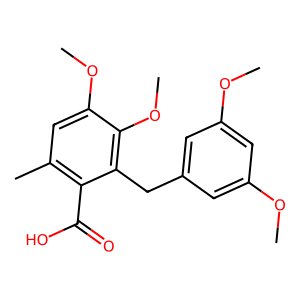
SMILES: COc1cc(Cc2c(OC)c(OC)cc(C)c2C(=O)O)cc(OC)c1
Inhibits HIV replication: No